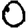
Digit: 0